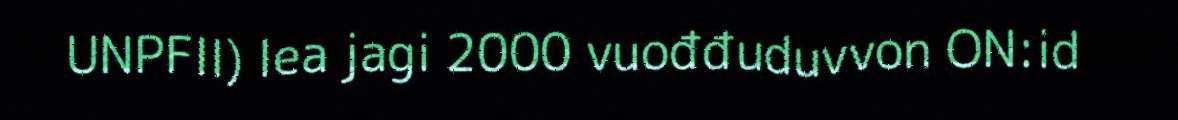
UNPFII) lea jagi 2000 vuođđuduvvon ON:id